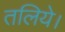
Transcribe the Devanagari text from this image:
तलिये।